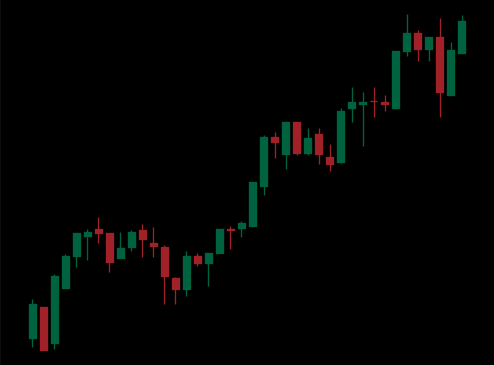
Pattern: unclassified